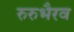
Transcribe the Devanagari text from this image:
रुरुभैरव